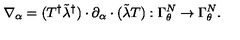
\nabla _ { \alpha } = ( T ^ { \dagger } \tilde { \lambda } ^ { \dagger } ) \cdot \partial _ { \alpha } \cdot ( \tilde { \lambda } T ) : \Gamma _ { \theta } ^ { N } \to \Gamma _ { \theta } ^ { N } .